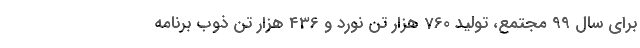
برای سال 99 مجتمع، تولید 760 هزار تن نورد و 436 هزار تن ذوب برنامه